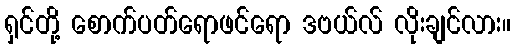
ရှင်တို့ စောက်ပတ်ရောဖင်ရော ဒဗယ်လ် လိုးချင်လား။